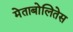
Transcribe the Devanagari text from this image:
मेताबोलितेस